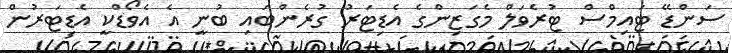
ސަންޑޭ ޓައިމްސް ޓުރެވަލް މެގަޒިންގެ އެޑިޓަރު ގުރެންބައި ބުނީ އެ އެވޯޑްކީ އެޑިޓަރުން